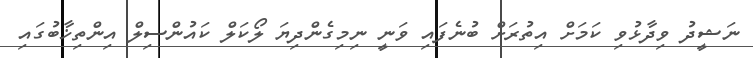
ނަޝީދު ވިދާޅުވި ކަމަށް އިތުރަށް ބުނެފައި ވަނީ ނިމިގެންދިޔަ ލޯކަލް ކައުންސިލް އިންތިޚާބުގައި